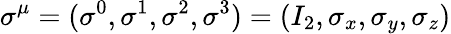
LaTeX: \sigma^{\mu}=(\sigma^{0},\sigma^{1},\sigma^{2},\sigma^{3})=(I_{2},\sigma_{x},\sigma_{y},\sigma_{z})